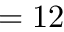
= 1 2